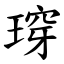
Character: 瑏